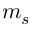
m _ { s }